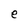
Character: e